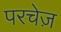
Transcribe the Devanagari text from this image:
परचेज़